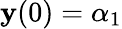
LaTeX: \mathbf{y}(0)=\alpha_{1}